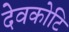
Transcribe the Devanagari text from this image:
देवकोटि